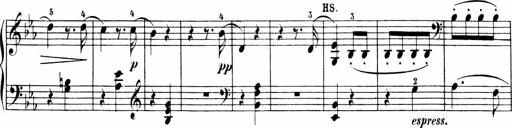
Title: Sonatinen Op.47, 98 und 136, nebst 6 Liedersonatinen
Composer: Carl Reinecke